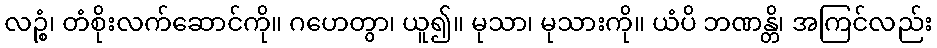
လဉ္စံ၊ တံစိုးလက်ဆောင်ကို။ ဂဟေတွာ၊ ယူ၍။ မုသာ၊ မုသားကို။ ယံပိ ဘဏန္တိ၊ အကြင်လည်း